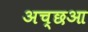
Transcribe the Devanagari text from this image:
अच्छआ